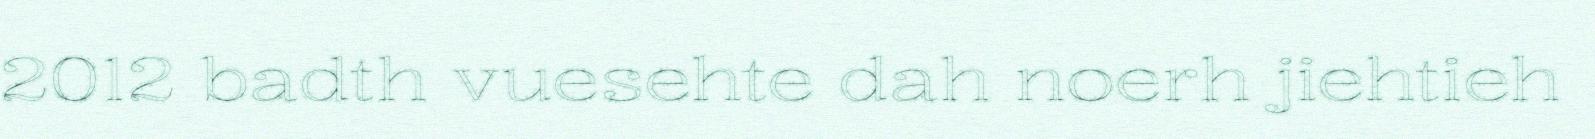
2012 badth vuesehte dah noerh jiehtieh